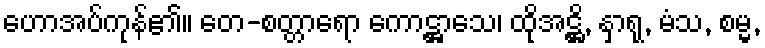
ဟောအပ်ကုန်၏။ တေ-စတ္တာရော ကောဋ္ဌာသေ၊ ထိုအဋ္ဌိ, နှာရု, မံသ, စမ္မ,